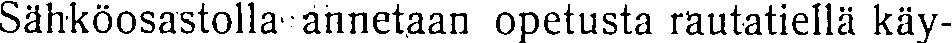
Sähköosastolla annetaan opetusta rautatiellä käy-